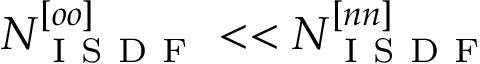
N _ { \mathrm { ~ I ~ S ~ D ~ F ~ } } ^ { [ o o ] } < < N _ { \mathrm { ~ I ~ S ~ D ~ F ~ } } ^ { [ n n ] }